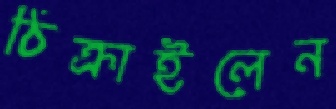
ঠিক্‌রাইলেন